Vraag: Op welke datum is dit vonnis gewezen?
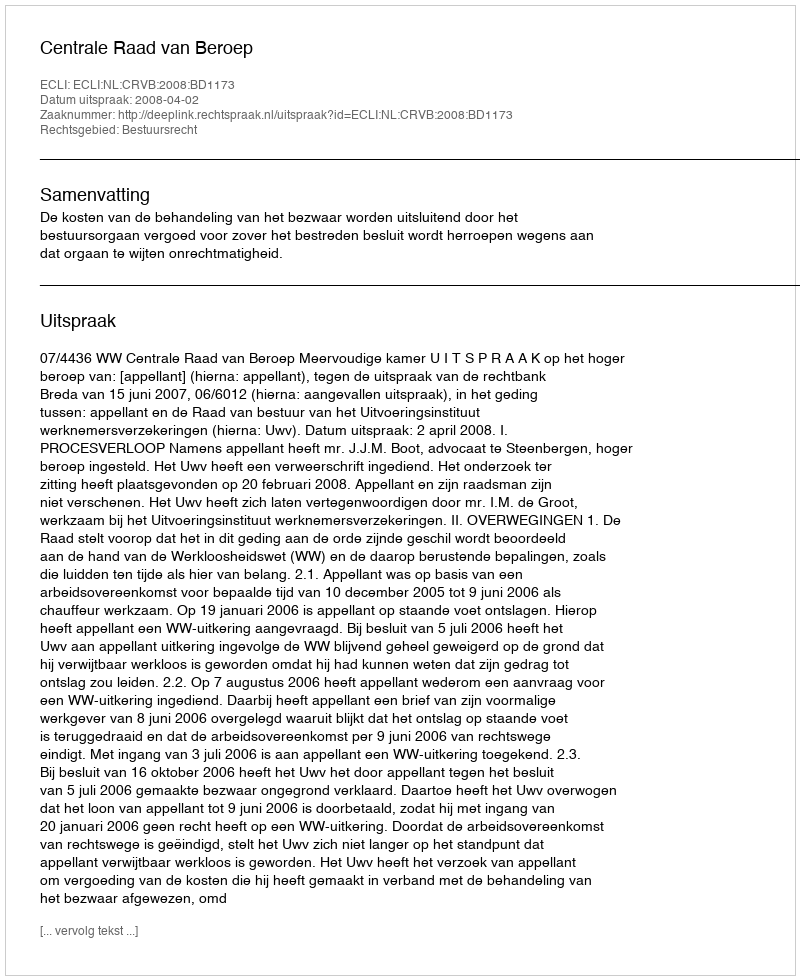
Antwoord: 2008-04-02